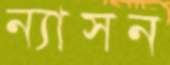
ন্যাসন